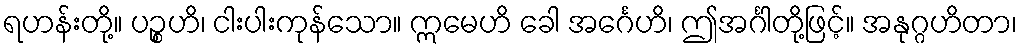
ရဟန်းတို့။ ပဉ္စဟိ၊ ငါးပါးကုန်သော။ ဣမေဟိ ခေါ အင်္ဂေဟိ၊ ဤအင်္ဂါတို့ဖြင့်။ အနုဂ္ဂဟိတာ၊